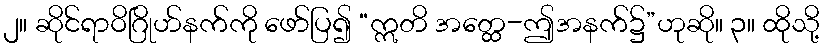
၂။ ဆိုင်ရာဝိဂြိုဟ်နက်ကို ဖော်ပြ၍ “ဣတိ အတ္ထေ-ဤအနက်၌”ဟုဆို။ ၃။ ထိုသို့